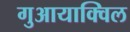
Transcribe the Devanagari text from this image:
गुआयाक्विल